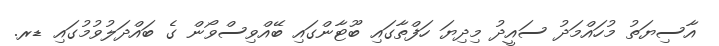
އާސިޔަތު މުހައްމަދު ސައީދު މިދިޔަ ހަފްތާގައި ބޫޓާންގައި ބޭއްވިސްވޯން ގެ ބައްދަލުވުމުގައި ޑރ.